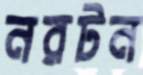
নরটন